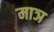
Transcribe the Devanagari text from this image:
माञ